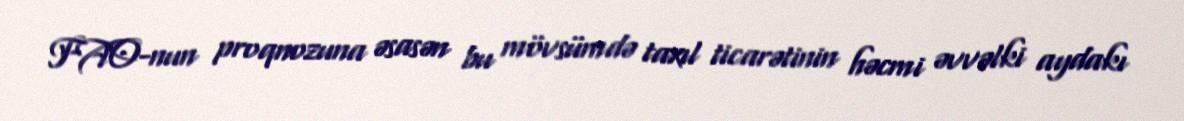
FAO-nun proqnozuna əsasən bu mövsümdə taxıl ticarətinin həcmi əvvəlki aydakı